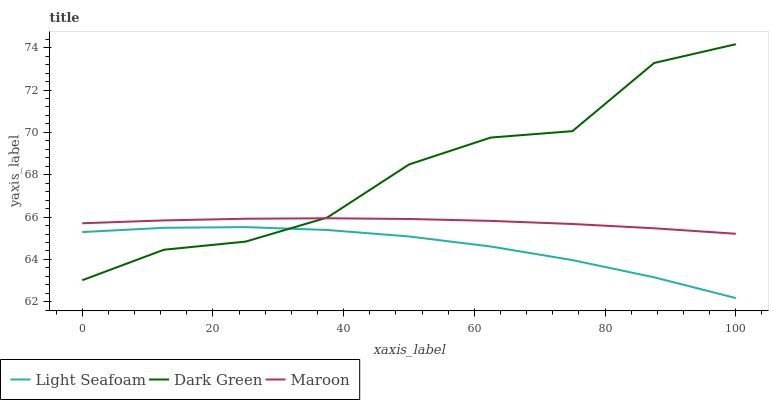
| xaxis_label | Light Seafoam | Dark Green | Maroon |
 | --- | --- | --- | --- |
 | 0 | 65.3 | 63 | 65.7 |
 | 12.5 | 65.5 | 64.5 | 65.8 |
 | 25 | 65.5 | 64.8 | 65.9 |
 | 37.5 | 65.4 | 66 | 65.9 |
 | 50 | 65.1 | 68.5 | 65.9 |
 | 62.5 | 64.6 | 69.8 | 65.8 |
 | 75 | 64 | 70.1 | 65.7 |
 | 87.5 | 63.2 | 73.3 | 65.5 |
 | 100 | 62.2 | 74.2 | 65.2 |